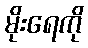
မိုးရေကို